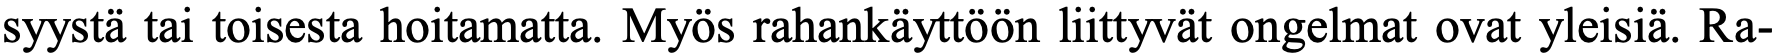
syystä tai toisesta hoitamatta. Myös rahankäyttöön liittyvät ongelmat ovat yleisiä. Ra-